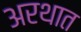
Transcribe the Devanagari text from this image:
अरथात